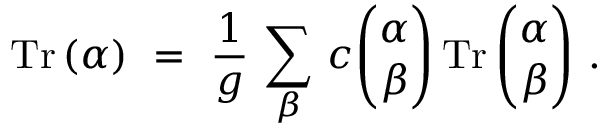
\mathrm { T r } \, ( \alpha ) ~ = ~ { \frac { 1 } { g } } \, \sum _ { \beta } \, c { \binom { \alpha } { \beta } } \, \mathrm { T r } \, { \binom { \alpha } { \beta } } ~ .